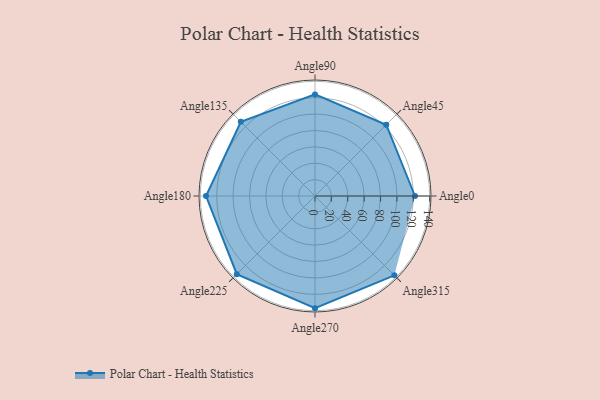
{"axis": {"x": "Angle", "y": "Radius"}, "legend": [""], "data": [{"x": "Angle0", "y": 122.0, "type": ""}, {"x": "Angle45", "y": 123.0, "type": ""}, {"x": "Angle90", "y": 124.0, "type": ""}, {"x": "Angle135", "y": 128.0, "type": ""}, {"x": "Angle180", "y": 133.0, "type": ""}, {"x": "Angle225", "y": 135.0, "type": ""}, {"x": "Angle270", "y": 137.0, "type": ""}, {"x": "Angle315", "y": 137.0, "type": ""}]}